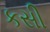
કસી